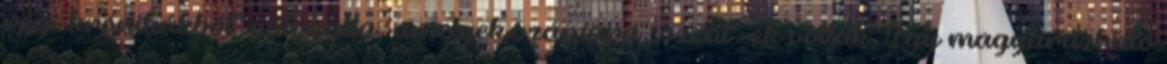
régi krónikákból" válogatta, amelyek számára „szent"-ek voltak. Így magyarázható